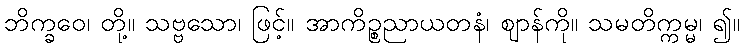
ဘိက္ခဝေ၊ တို့။ သဗ္ဗသော၊ ဖြင့်။ အာကိဉ္စညာယတနံ၊ ဈာန်ကို။ သမတိက္ကမ္မ၊ ၍။